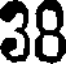
38